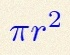
\pi r^2